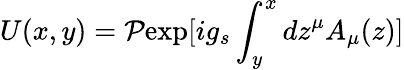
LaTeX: U(x,y)={\cal P}\mathrm{exp}[ig_{s}\int_{y}^{x}dz^{\mu}A_{\mu}(z)]